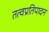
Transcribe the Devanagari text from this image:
तत्वप्रतिपादन